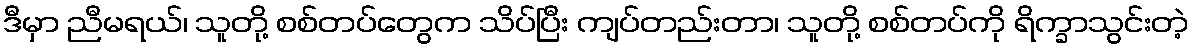
ဒီမှာ ညီမရယ်၊ သူတို့ စစ်တပ်တွေက သိပ်ပြီး ကျပ်တည်းတာ၊ သူတို့ စစ်တပ်ကို ရိက္ခာသွင်းတဲ့